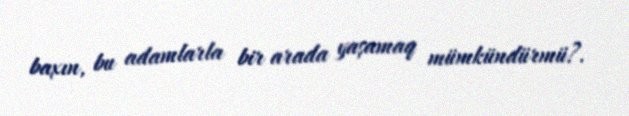
baxın, bu adamlarla bir arada yaşamaq mümkündürmü?.